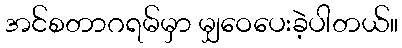
အင်စတာဂရမ်မှာ မျှဝေပေးခဲ့ပါတယ်။